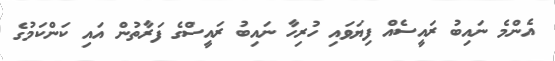
އެންމެ ނައިބު ރައީސެއް ފިޔަވައި ހުރިހާ ނައިބު ރައީސްގެ ފަރާތުން އައި ކަންކަމުގެ